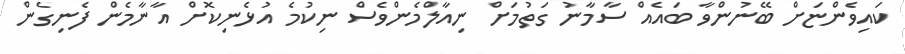
ކައިވެންޏަށް ބޭނުންވާ ބައެއް ސާމާނު ގަތުމަށް ނިއާލްމެންވެސް ނިކުމެ އުޅެނިކޮށް އާނާމެން ފެނިގެން